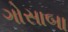
ગોસાબા